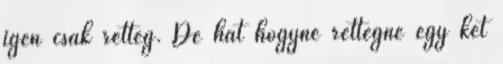
igen csak retteg. De hát hogyne rettegne egy két